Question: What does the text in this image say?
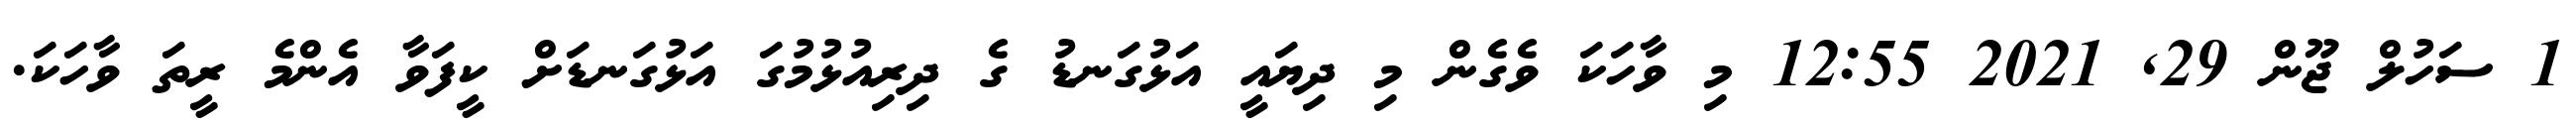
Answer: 1 ސަހުލް ޖޫން 29, 2021 12:55 މި ވާހަކަ ވެގެން މި ދިޔައީ އަޅުގަނޑު ގެ ދިރިއުޅުމުގަ އަޅުގަނޑަށް ކީފަވާ އެންމެ ރީތަ ވާހަކަ.